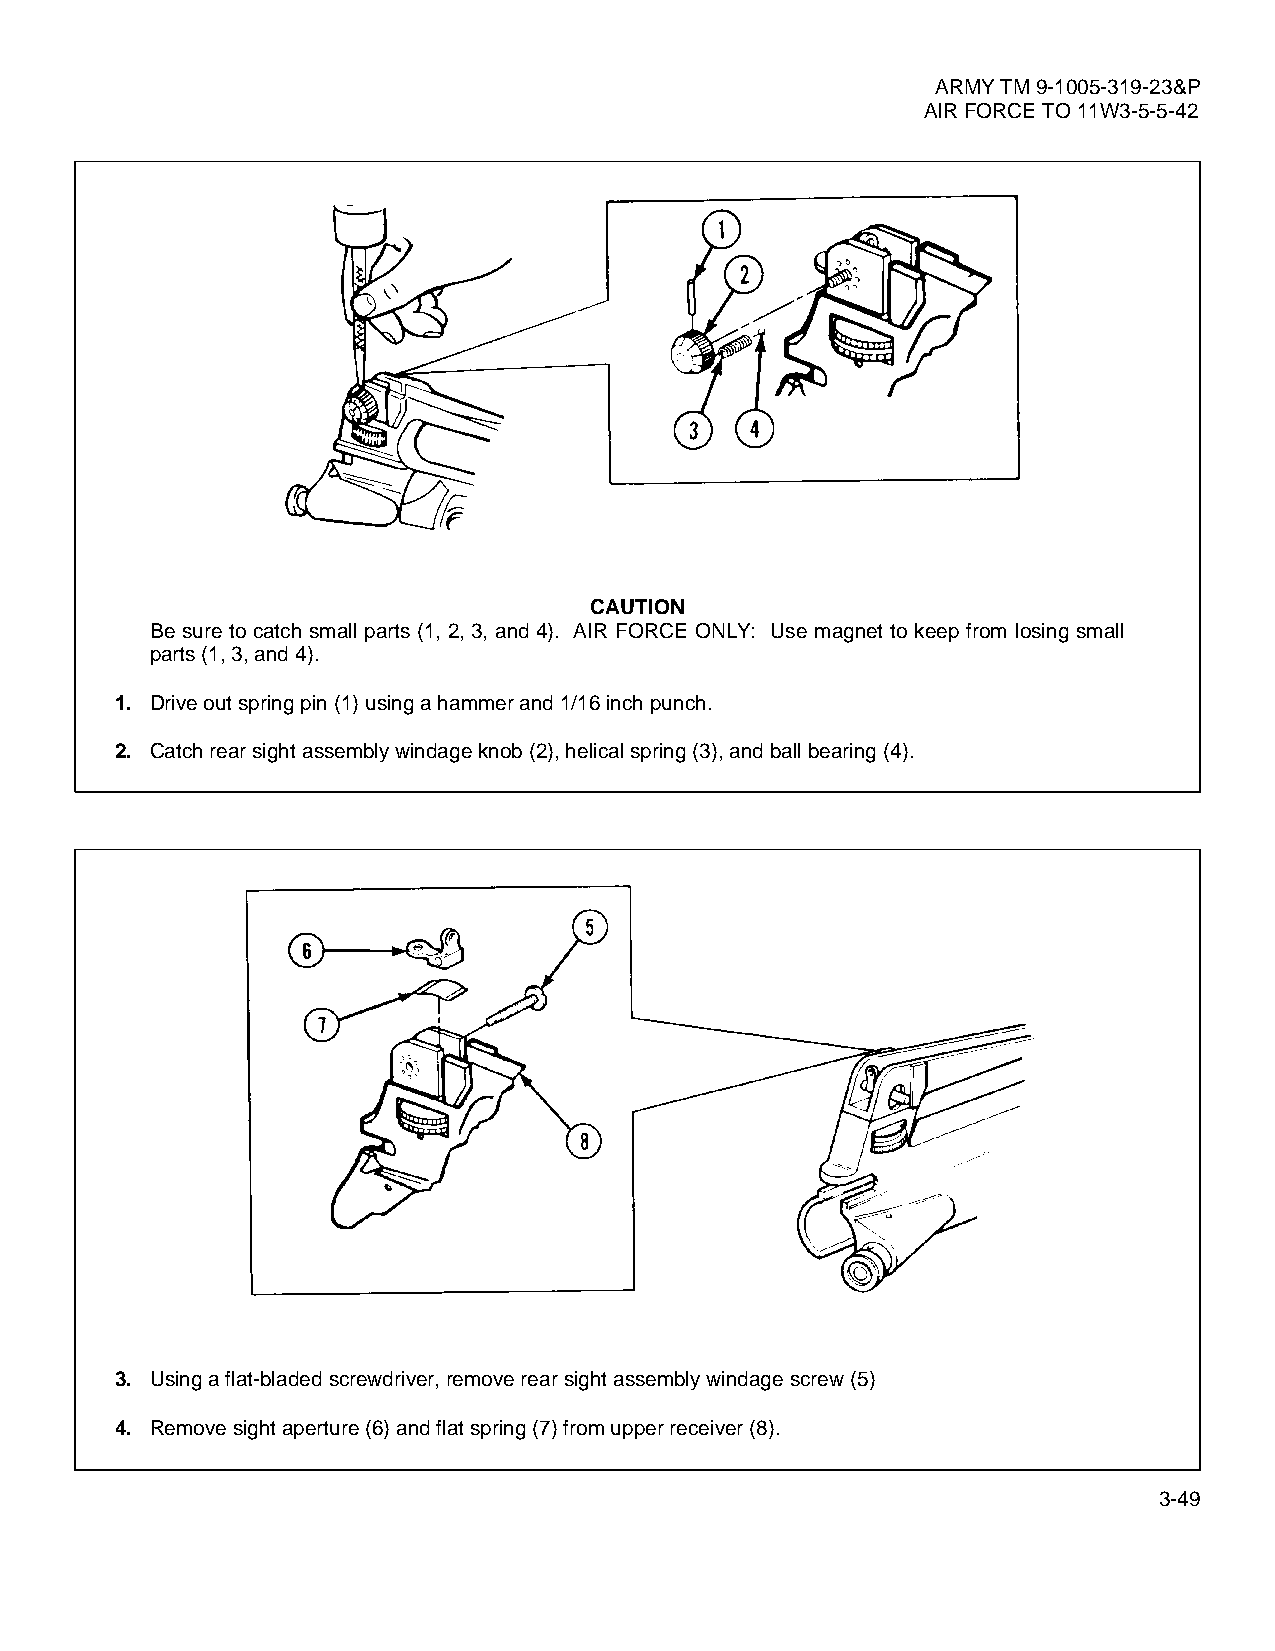
ARMY TM 9-1005-319-23&P
 AIR FORCE TO 11W3-5-5-42
 CAUTION
 Be sure to catch small parts (1, 2, 3, and 4). AIR FORCE ONLY: Use magnet to keep from losing small
 parts (1, 3, and 4).
 1. Drive out spring pin (1) using a hammer and 1/16 inch punch.
 2. Catch rear sight assembly windage knob (2), helical spring (3), and ball bearing (4).
 3. Using a flat-bladed screwdriver, remove rear sight assembly windage screw (5)
 4. Remove sight aperture (6) and flat spring (7) from upper receiver (8).
 3-49